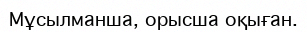
Мұсылманша, орысша оқыған.